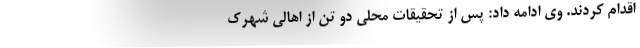
اقدام کردند. وی ادامه داد: پس از تحقیقات محلی دو تن از اهالی شهرک